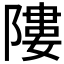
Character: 𨻻